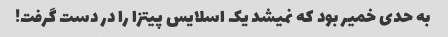
به حدی خمیر بود که نمیشد یک اسلایس پیتزا را در دست گرفت!